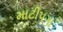
માટીપગા